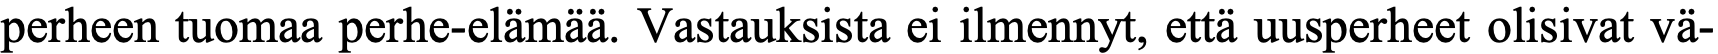
perheen tuomaa perhe-elämää. Vastauksista ei ilmennyt, että uusperheet olisivat vä-